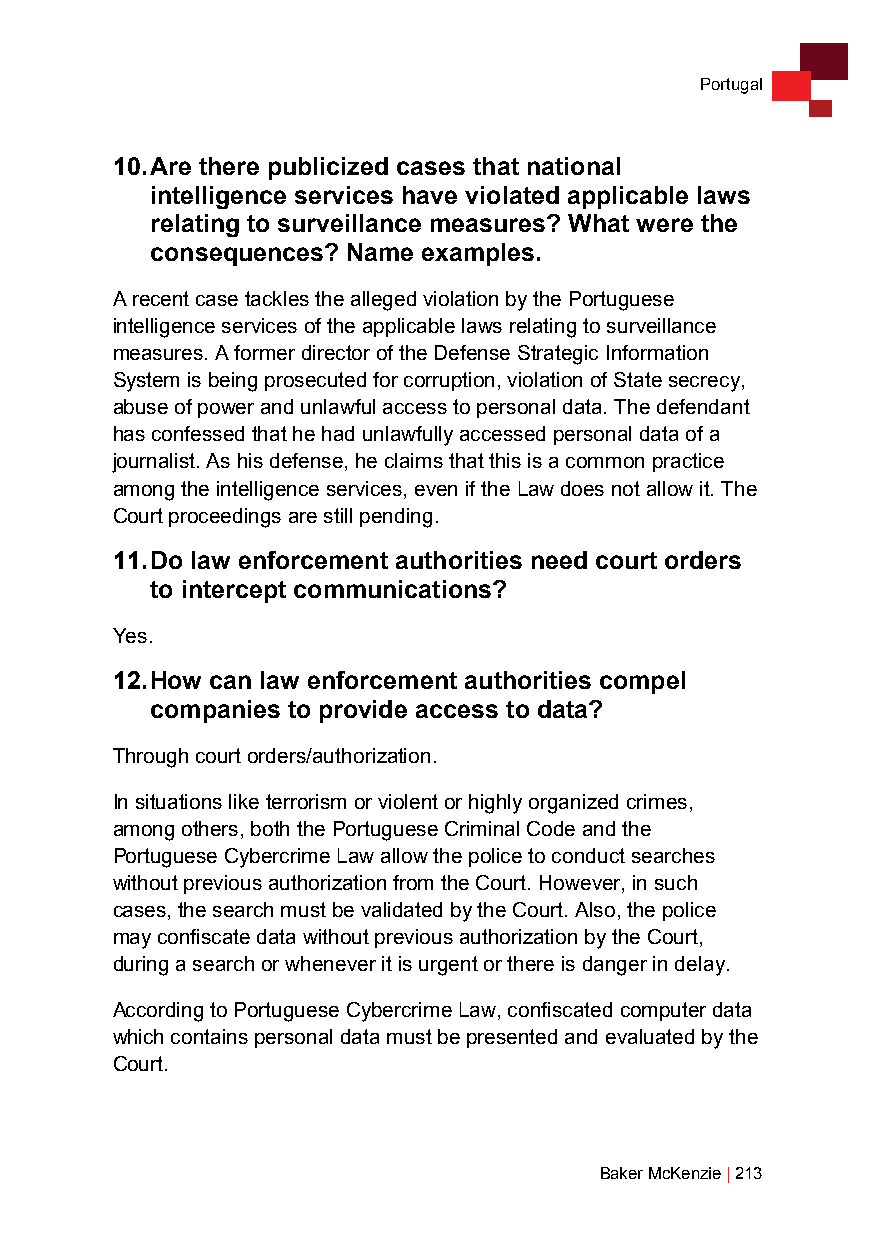
Portugal
 10. Are there publicized cases that national
 intelligence services have violated applicable laws
 relating to surveillance measures? What were the
 consequences? Name examples.
 A recent case tackles the alleged violation by the Portuguese
 intelligence services of the applicable laws relating to surveillance
 measures. A former director of the Defense Strategic Information
 System is being prosecuted for corruption, violation of State secrecy,
 abuse of power and unlawful access to personal data. The defendant
 has confessed that he had unlawfully accessed personal data of a
 journalist. As his defense, he claims that this is a common practice
 among the intelligence services, even if the Law does not allow it. The
 Court proceedings are still pending.
 11. Do law enforcement authorities need court orders
 to intercept communications?
 Yes.
 12. How can law enforcement authorities compel
 companies to provide access to data?
 Through court orders/authorization.
 In situations like terrorism or violent or highly organized crimes,
 among others, both the Portuguese Criminal Code and the
 Portuguese Cybercrime Law allow the police to conduct searches
 without previous authorization from the Court. However, in such
 cases, the search must be validated by the Court. Also, the police
 may confiscate data without previous authorization by the Court,
 during a search or whenever it is urgent or there is danger in delay.
 According to Portuguese Cybercrime Law, confiscated computer data
 which contains personal data must be presented and evaluated by the
 Court.
 Baker McKenzie | 213